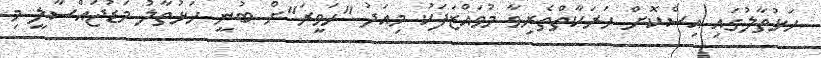
ހަޅުތާލުގައި އިސްކޮށް ހަރަކާތްތެރިވާ މުވައްޒަފަކު މިއަދު "ހަވީރަ"ށް ބުނީ ހަޅުތާލު މަޑުޖައްސާލީ މި